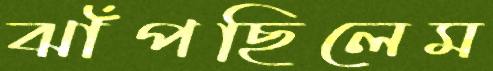
ঝাঁপছিলেম